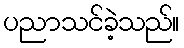
ပညာသင်ခဲ့သည်။